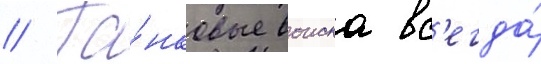
// Та́нковые воиска вс'егда́